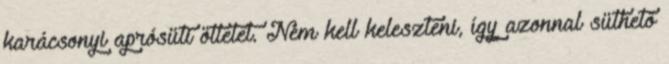
karácsonyi aprósüti ötletet. Nem kell keleszteni, így azonnal süthető